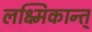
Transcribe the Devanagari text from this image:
लक्ष्मिकान्त्